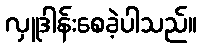
လှူဒါန်းစေခဲ့ပါသည်။